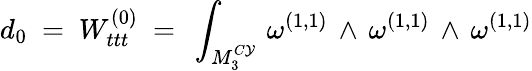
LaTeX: d_{0}~=~W_{ttt}^{(0)}~=~\int_{{M}_{3}^{C\mathcal{Y}}}\, \omega^{(1,1)}\, \wedge\, \omega^{(1,1)}\, \wedge\, \omega^{(1,1)}